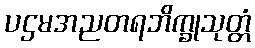
ပဌမအညတရဘိက္ခုသုတ္တံ